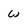
Character: w